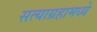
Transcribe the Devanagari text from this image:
सत्याग्रहामध्ये